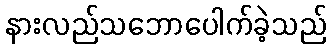
နားလည်သဘောပေါက်ခဲ့သည်